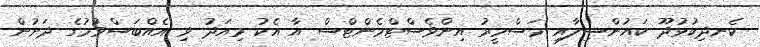
ކެނދިކުޅުދޫ ކައުންސިލާއި މަސްމީރު އިންވެސްޓްމެންޓްސް އާ އެކު މިއަދު ވި އެއްބަސްވުމުގެ ދަށުން